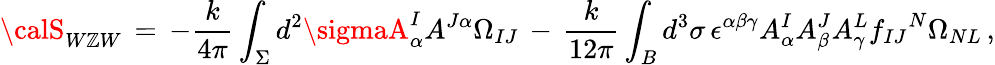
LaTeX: {\calS}_{W\mathbb{Z}W}\, =\, -\frac{{k}}{{4\pi}}\int_{\Sigma}d^{2}\sigmaA_{\alpha}^{I}A^{J\alpha}\Omega_{IJ}\, -\, \frac{{k}}{{12\pi}}\int_{B}d^{3}\sigma\, \epsilon^{\alpha\beta\gamma}A_{\alpha}^{I}A_{\beta}^{J}A_{\gamma}^{L}{f_{IJ}}^{N}\Omega_{NL}\, ,